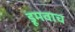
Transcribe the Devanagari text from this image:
डूमवाच